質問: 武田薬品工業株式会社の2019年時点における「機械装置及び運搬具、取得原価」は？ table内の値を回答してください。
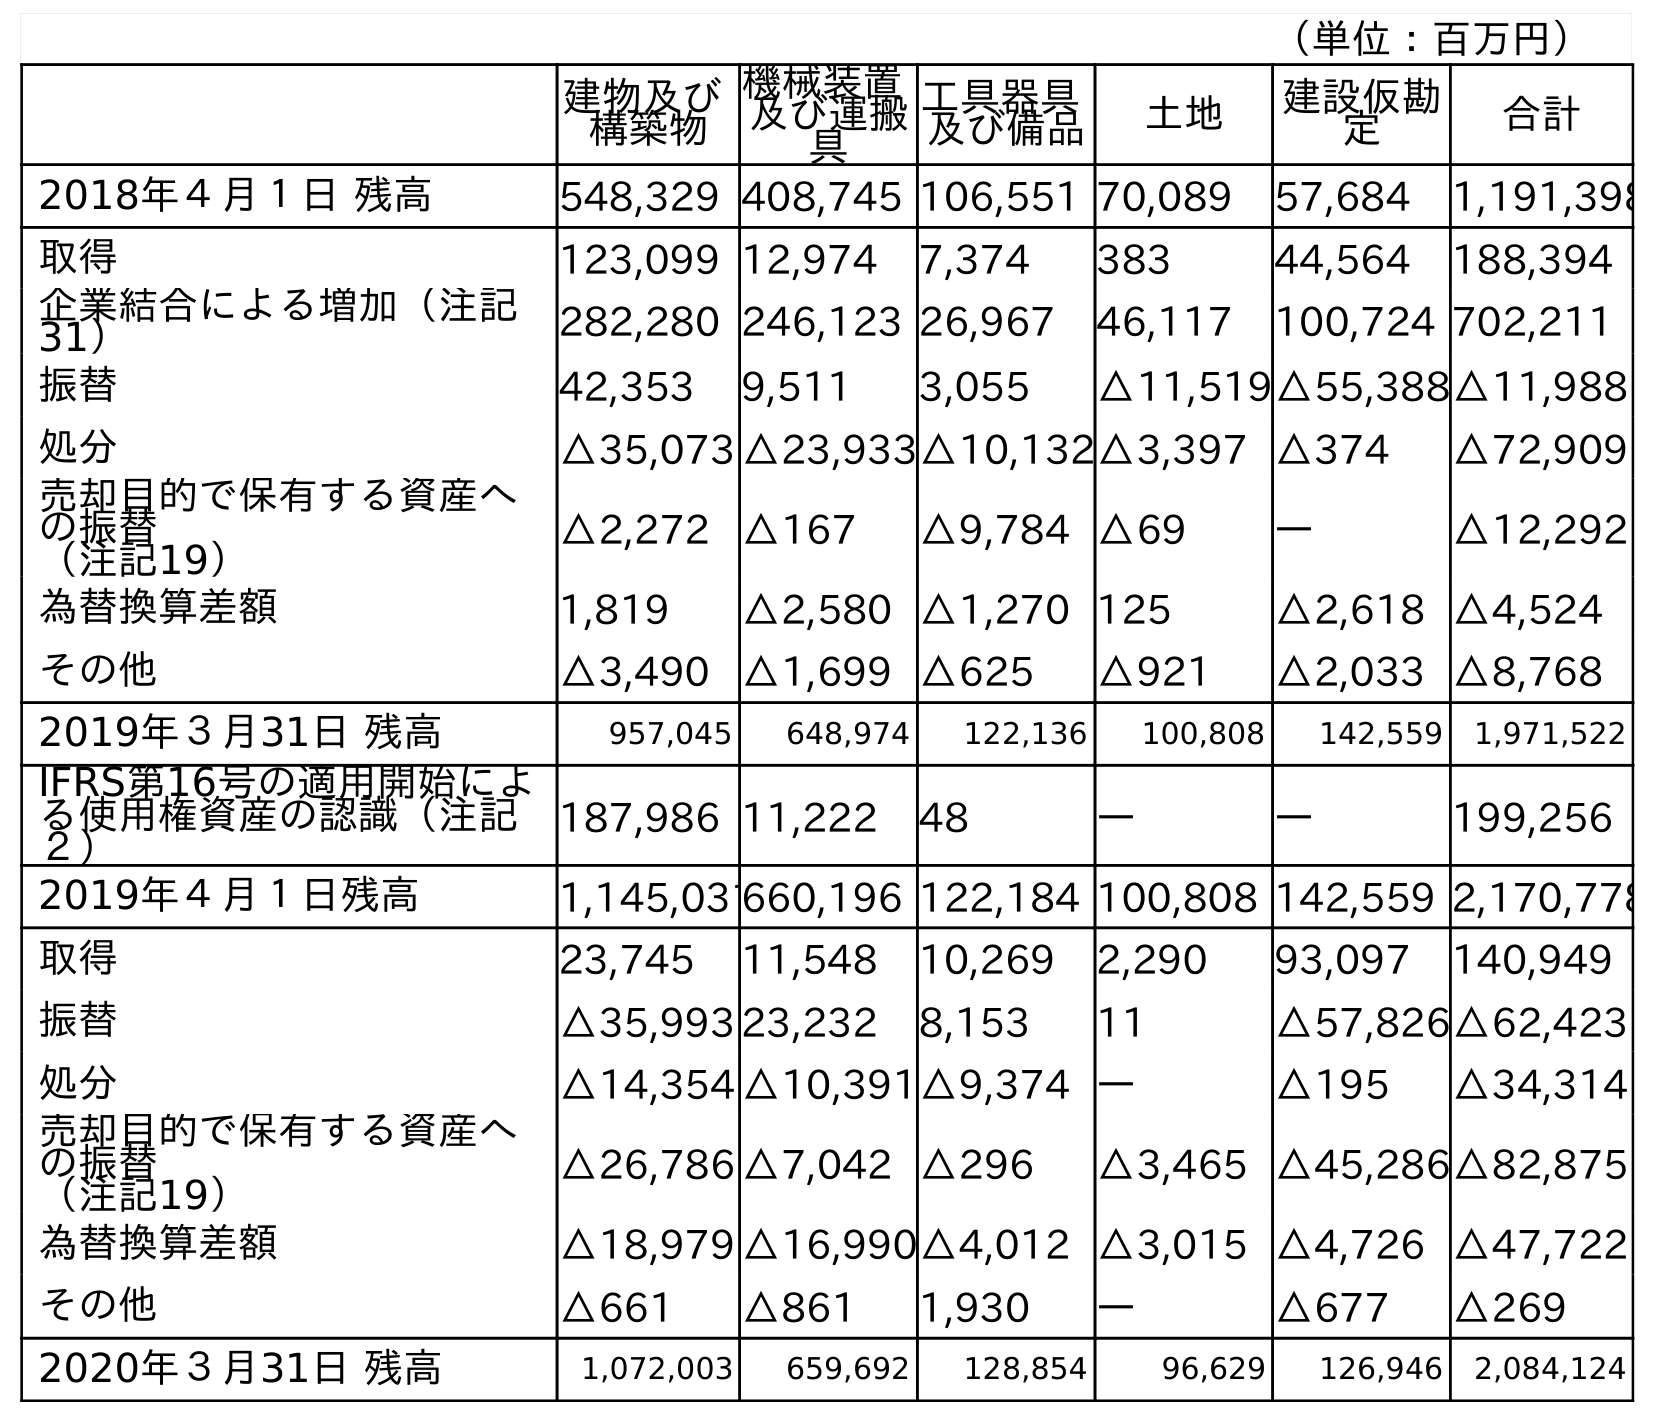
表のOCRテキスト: （単位：百万円） 建物及び 構築物 機械装置 及び運搬 具 工具器具 及び備品 土地 建設仮勘 定 合計 2018年４月１日 残高 548,329 408,745 106,551 70,089 57,684 1,191,398 取得 123,099 12,974 7,374 383 44,564 188,394 企業結合による増加（注記 31） 282,280 246,123 26,967 46,117 100,724 702,211 振替 42,353 9,511 3,055 △11,519△55,388△11,988 処分 △35,073 △23,933△10,132△3,397 △374 △72,909 売却目的で保有する資産へ の振替 （注記19） △2,272 △167 △9,784 △69 ― △12,292 為替換算差額 1,819 △2,580 △1,270 125 △2,618 △4,524 その他 △3,490 △1,699 △625 △921 △2,033 △8,768 2019年３月31日 残高 957,045 648,974 122,136 100,808 142,559 1,971,522 IFRS第16号の適用開始によ る使用権資産の認識（注記 ２） 187,986 11,222 48 ― ― 199,256 2019年４月１日残高 1,145,031660,196 122,184 100,808 142,559 2,170,778 取得 23,745 11,548 10,269 2,290 93,097 140,949 振替 △35,993 23,232 8,153 11 △57,826△62,423 処分 △14,354 △10,391△9,374 ― △195 △34,314 売却目的で保有する資産へ の振替 （注記19） △26,786 △7,042 △296 △3,465 △45,286△82,875 為替換算差額 △18,979 △16,990△4,012 △3,015 △4,726 △47,722 その他 △661 △861 1,930 ― △677 △269 2020年３月31日 残高 1,072,003 659,692 128,854 96,629 126,946 2,084,124
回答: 648,974